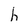
Character: h